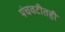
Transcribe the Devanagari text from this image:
पंचवटीतही